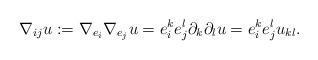
LaTeX: \begin{align*}\nabla_{ij} u:=\nabla_{e_i}\nabla_{e_j}u =e_i^ke_j^l\partial_{k}\partial_l u = e_i^k e_j^l u_{kl}.\end{align*}